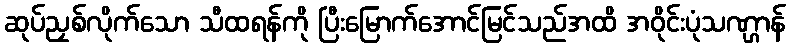
ဆုပ်ညှစ်လိုက်သော သီထရန်ကို ပြီးမြောက်အောင်မြင်သည်အထိ အဝိုင်းပုံသဏ္ဌာန်